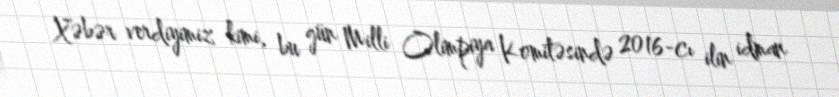
Xəbər verdiyimiz kimi, bu gün Milli Olimpiya Komitəsində 2016-cı ilin idman